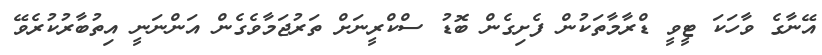
އޭނާގެ ވާހަކަ ޓީވީ ޑްރާމާތަކުން ފެށިގެން ބޮޑު ސްކްރީނަށް ތަރުޖަމާވެގެން އަންނަނީ އިތުބާރުކުރެވޭ